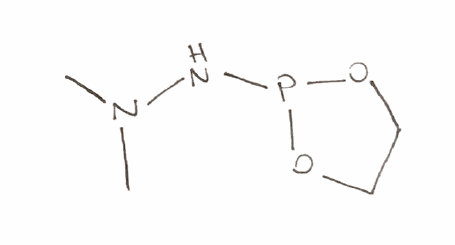
Simplified molecular-input line-entry system (SMILES) notation of the given molecule:
CN(C)NP1OCCO1